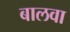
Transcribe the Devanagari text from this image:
बालवा